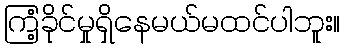
ကြံ့ခိုင်မှုရှိနေမယ်မထင်ပါဘူး။